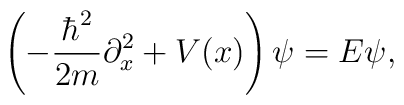
\left(-{{\hbar^2}\over {2m}}\partial_x^2+V(x)\right)\psi=E\psi,